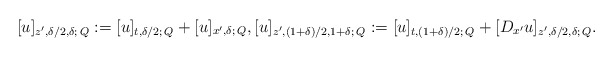
\begin{align*}[u]_{z',\delta/2,\delta; \,Q}:=[u]_{t,\delta/2; \,Q}+[u]_{x',\delta;\, Q},[u]_{z',(1+\delta)/2,1+\delta; \,Q}:=[u]_{t,(1+\delta)/2; \,Q}+[D_{x'}u]_{z',\delta/2,\delta; \,Q}.\end{align*}